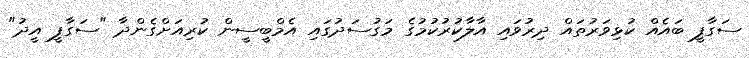
ސަގާފީ ބައެއް ކުޅިވަރުތައް ދިރުވައި އާލާކުރުކުމުގެ މަގުސަދުގައި އެމްބީސީން ކުރިއަށްގެންދާ "ސަގާފީ އީދު"